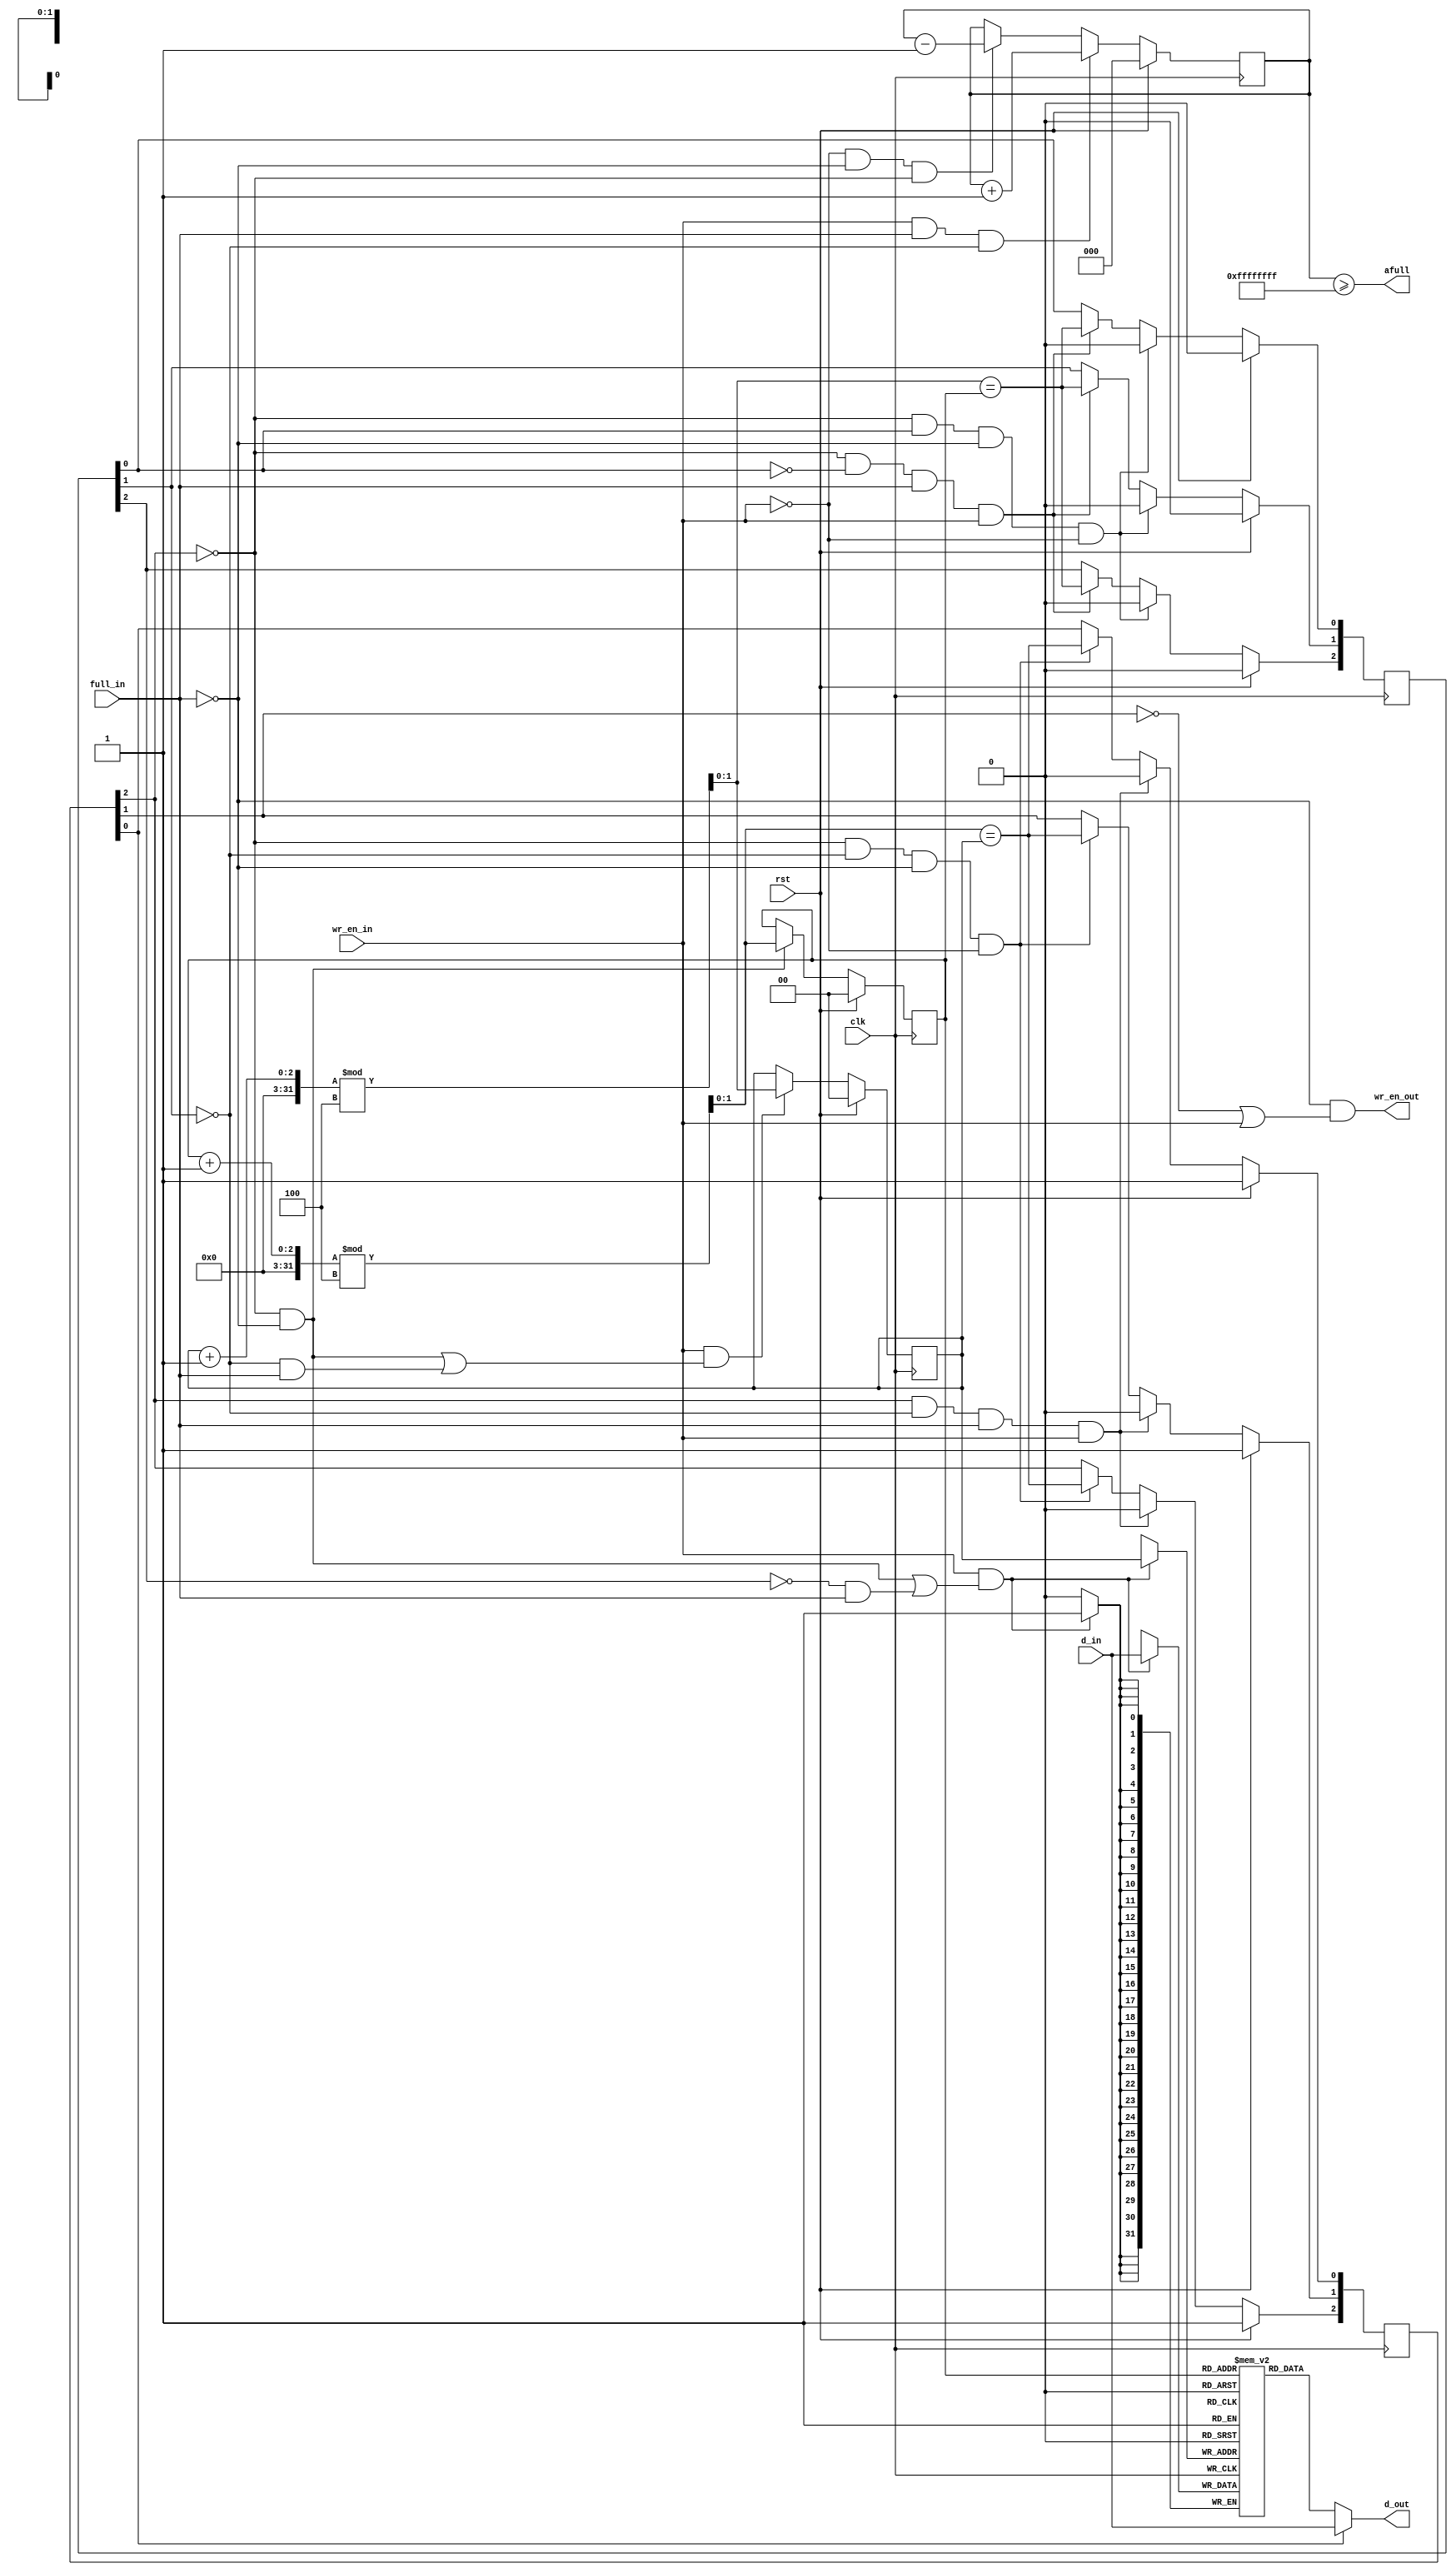
module mig_7series_v1_8_ddr_of_pre_fifo #
  (
   parameter TCQ   = 100,             // clk->out delay (sim only)
   parameter DEPTH = 4,               // # of entries
   parameter WIDTH = 32               // data bus width
   )
  (
   input              clk,            // clock
   input              rst,            // synchronous reset
   input              full_in,        // FULL flag from OUT_FIFO
   input              wr_en_in,       // write enable from controller
   input [WIDTH-1:0]  d_in,           // write data from controller
   output             wr_en_out,      // write enable to OUT_FIFO
   output [WIDTH-1:0] d_out,          // write data to OUT_FIFO
   output             afull           // almost full signal to controller
   );
  
  // # of bits used to represent read/write pointers
  localparam PTR_BITS 
             = (DEPTH == 2) ? 1 : 
               ((DEPTH == 3) || (DEPTH == 4)) ? 2 : 
               (((DEPTH == 5) || (DEPTH == 6) || 
                 (DEPTH == 7) || (DEPTH == 8)) ? 3 : 
                  DEPTH == 9 ? 4 : 'bx);
                 
  // Set watermark. Always give the MC 5 cycles to engage flow control.
  localparam ALMOST_FULL_VALUE = DEPTH - 5;

  integer i;
  
  reg [WIDTH-1:0]    mem[0:DEPTH-1] /* synthesis syn_ramstyle = "registers" */;
(* keep = "true", max_fanout = 3 *)   reg [2:0]          my_empty;
(* keep = "true", max_fanout = 3 *)   reg [2:0]          my_full;
(* keep = "true", max_fanout = 10 *)  reg [PTR_BITS-1:0] rd_ptr;
  // synthesis attribute MAX_FANOUT of rd_ptr is 10; 
(* keep = "true", max_fanout = 10 *)  reg [PTR_BITS-1:0] wr_ptr;
  // synthesis attribute MAX_FANOUT of wr_ptr is 10; 
  reg [PTR_BITS:0] entry_cnt;
  wire [PTR_BITS-1:0] nxt_rd_ptr;
  wire [PTR_BITS-1:0] nxt_wr_ptr;
  wire [WIDTH-1:0] mem_out;
  wire wr_en;

  assign d_out = my_empty[0] ? d_in : mem_out;
  assign wr_en_out = !full_in && (!my_empty[1] || wr_en_in);
  assign wr_en = wr_en_in & ((!my_empty[2] & !full_in)|(!my_full[2] & full_in));

  always @ (posedge clk)
    if (wr_en)
      mem[wr_ptr] <= #TCQ d_in;

  assign mem_out = mem[rd_ptr];

  assign nxt_rd_ptr = (rd_ptr + 1'b1)%DEPTH;

  always @ (posedge clk)
  begin
    if (rst)
      rd_ptr <= 'b0;
    else if ((!my_empty[2]) & (!full_in))
      rd_ptr <= nxt_rd_ptr;
  end

  always @ (posedge clk)
  begin
    if (rst)
      my_empty <= 3'b111;
    else if (my_empty[2] & !my_full[1] & full_in & wr_en_in)
      my_empty <= 3'b000;
    else if (!my_empty[2] & !my_full[1] & !full_in & !wr_en_in) begin
      my_empty[0] <= (nxt_rd_ptr == wr_ptr);
      my_empty[1] <= (nxt_rd_ptr == wr_ptr);
      my_empty[2] <= (nxt_rd_ptr == wr_ptr);
    end
  end

  assign nxt_wr_ptr = (wr_ptr + 1'b1)%DEPTH;

  always @ (posedge clk)
  begin
    if (rst)
      wr_ptr <= 'b0;
    else if ((wr_en_in) & ((!my_empty[2] & !full_in) | (!my_full[1] & full_in)))
      wr_ptr <= nxt_wr_ptr;
  end

  always @ (posedge clk)
  begin
    if (rst)
      my_full <= 3'b000;
    else if (!my_empty[2] & my_full[0] & !full_in & !wr_en_in)
      my_full <= 3'b000;
    else if (!my_empty[2] & !my_full[0] & full_in & wr_en_in) begin
      my_full[0] <= (nxt_wr_ptr == rd_ptr);
      my_full[1] <= (nxt_wr_ptr == rd_ptr);
      my_full[2] <= (nxt_wr_ptr == rd_ptr);
    end
  end

  always @ (posedge clk)
  begin
    if (rst)
      entry_cnt <= 'b0;
    else if (wr_en_in & full_in & !my_full[1])
      entry_cnt <= entry_cnt + 1'b1;
    else if (!wr_en_in & !full_in & !my_empty[2])
      entry_cnt <= entry_cnt - 1'b1;
  end

  assign afull = (entry_cnt >= ALMOST_FULL_VALUE);

endmodule